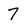
Character: 7